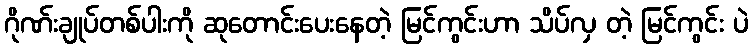
ဂိုဏ်းချုပ်တစ်ပါးကို ဆုတောင်းပေးနေတဲ့ မြင်ကွင်းဟာ သိပ်လှ တဲ့ မြင်ကွင်း ပဲ